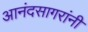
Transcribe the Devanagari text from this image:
आनंदसागरांनी